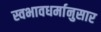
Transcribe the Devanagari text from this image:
स्वभावधर्मानुसार